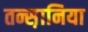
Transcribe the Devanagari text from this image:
तन्स़ानिया